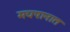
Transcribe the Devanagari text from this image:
मद्यपानात